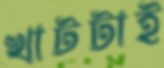
খাটটাই